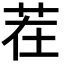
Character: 茬